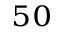
_ { 5 0 }